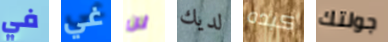
في غي لن لديك كبده جولتك